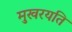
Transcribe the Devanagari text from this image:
मुखरयति